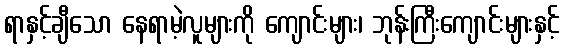
ရာနှင့်ချီသော နေရာမဲ့လူများကို ကျောင်းများ၊ ဘုန်းကြီးကျောင်းများနှင့်